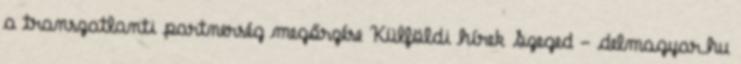
a transzatlanti partnerség megőrzése Külföldi hírek Szeged - delmagyar.hu